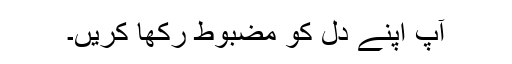
آپ اپنے دل کو مضبوط رکھا کریں۔